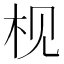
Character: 枧